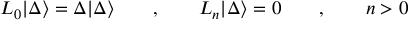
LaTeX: L _ { 0 } | \Delta \rangle = \Delta | \Delta \rangle \qquad , \qquad L _ { n } | \Delta \rangle = 0 \qquad , \qquad n > 0